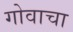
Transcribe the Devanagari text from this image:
गोवाचा